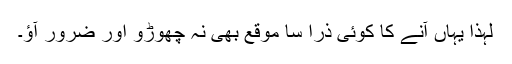
لہٰذا یہاں آنے کا کوئی ذرا سا موقع بھی نہ چھوڑو اور ضرور آؤ۔